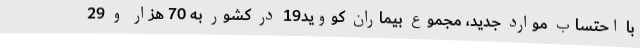
با احتساب موارد جدید، مجموع بیماران کووید19 در کشور به 70 هزار و 29